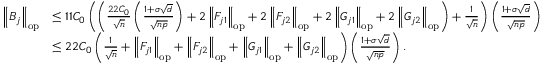
\begin{array} { r l } { \left\| { B _ { j } } \right\| _ { \mathrm { o p } } } & { \leq 1 1 C _ { 0 } \left( \left( \frac { 2 2 C _ { 0 } } { \sqrt n } \left( \frac { 1 + \sigma \sqrt { d } } { \sqrt { n p } } \right) + 2 \left\| { F _ { j 1 } } \right\| _ { \mathrm { o p } } + 2 \left\| { F _ { j 2 } } \right\| _ { \mathrm { o p } } + 2 \left\| { G _ { j 1 } } \right\| _ { \mathrm { o p } } + 2 \left\| { G _ { j 2 } } \right\| _ { \mathrm { o p } } \right) + \frac { 1 } { \sqrt { n } } \right) \left( \frac { 1 + \sigma \sqrt { d } } { \sqrt { n p } } \right) } \\ & { \leq 2 2 C _ { 0 } \left( \frac { 1 } { \sqrt { n } } + \left\| { F _ { j 1 } } \right\| _ { \mathrm { o p } } + \left\| { F _ { j 2 } } \right\| _ { \mathrm { o p } } + \left\| { G _ { j 1 } } \right\| _ { \mathrm { o p } } + \left\| { G _ { j 2 } } \right\| _ { \mathrm { o p } } \right) \left( \frac { 1 + \sigma \sqrt { d } } { \sqrt { n p } } \right) . } \end{array}